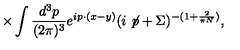
\times \int \frac { d ^ { 3 } p } { ( 2 \pi ) ^ { 3 } } e ^ { i p \cdot ( x - y ) } ( i \not \! p + \Sigma ) ^ { - ( 1 + \frac { 2 } { \pi N } ) } ,